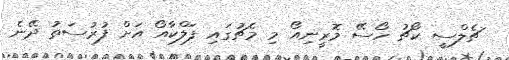
ޗެލްސީ ކޯޗު ހޯސޭ މޮރީނިއޯ މި މެޗުގައި ފަލްކާއޯ އަށް ފުރުސަތު ދޭނެ